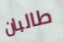
طالبان